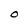
Character: O